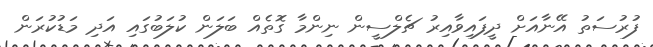
ފުރުސަތު އޭނާއަށް ދީފައިވާއިރު ޗެލްސީން ނިންމާ ގޮތެއް ބަލަން ކުލަބުގައި އަދި މަޑުކުރަން